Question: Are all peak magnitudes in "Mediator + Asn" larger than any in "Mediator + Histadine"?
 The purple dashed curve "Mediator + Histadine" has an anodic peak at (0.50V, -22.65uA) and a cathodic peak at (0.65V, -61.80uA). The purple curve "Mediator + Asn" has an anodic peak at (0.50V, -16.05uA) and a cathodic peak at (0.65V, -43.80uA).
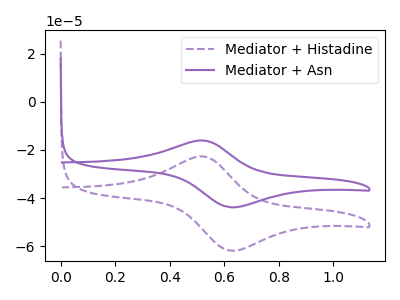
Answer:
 <answer>The peaks in "Mediator + Asn" are neither all higher or all lower than the peaks in "Mediator + Histadine".</answer>
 <eval>mixed</eval>